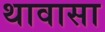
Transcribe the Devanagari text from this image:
थावासा